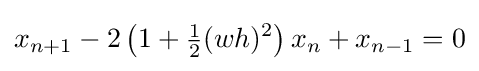
x_{n+1}-2\left(1+{\tfrac {1}{2}}(wh)^{2}\right)x_{n}+x_{n-1}=0